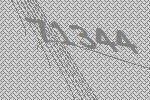
71344